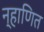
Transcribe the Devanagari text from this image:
न्हाणित